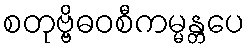
စတုဗ္ဗိဓဝစီကမ္မန္တပေ